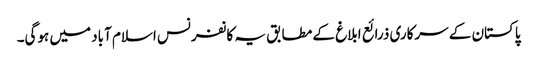
پاکستان کے سرکاری ذرائع ابلاغ کے مطابق یہ کانفرنس اسلام آباد میں ہوگی۔